Leaving Certificate Examination (including Day School Certificate (Higher) General paper), 1931
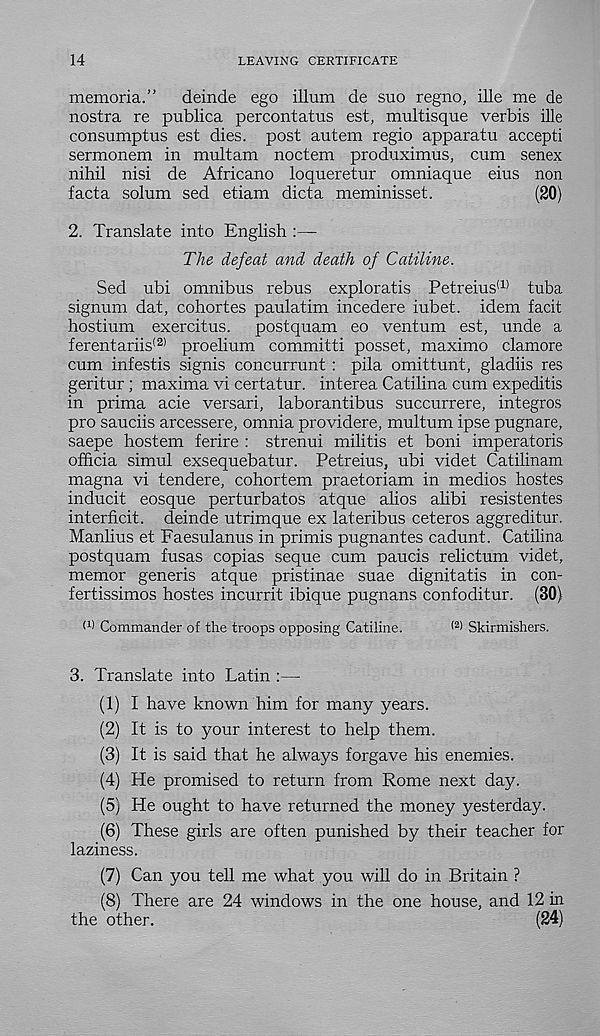
14
LEAVING CERTIFICATE
memoria.” deinde ego ilium de suo regno, ille me de
nostra re publica percontatus est, multisque verbis ille
consumptus est dies, post autem regio apparatu accepti
sermonem in multam noctem produximus, cum senex
nihil nisi de Africano loqueretur omniaque eius non
facta solum sed etiam dicta meminisset.
(20)
2. Translate into English :—
The defeat and death of Catiline.
Sed ubi omnibus rebus exploratis Petreius (1) tuba
signum dat, cohortes paulatim incedere iubet. idem facit
hostium exercitus. postquam eo ventum est, unde a
ferentariis (2) proelium committi posset, maximo clamore
cum infestis signis concurrunt : pila omittunt, gladiis res
geritur ; maxima vi certatur. interea Catilina cum expeditis
in prima acie versari, laborantibus succurrere, integros
pro sauciis arcessere, omnia providere, multum ipse pugnare,
saepe hostem ferire : strenui militis et boni imperatoris
officia simul exsequebatur. Petreius, ubi videt Catilinam
magna vi tendere, cohortem praetoriam in medios hostes
inducit eosque perturbatos atque alios alibi resistentes
interficit. deinde utrimque ex lateribus ceteros aggreditur.
Manlius et Faesulanus in primis pugnantes cadunt. Catilina
postquam fusas copias seque cum paucis relictum videt,
memor generis atque pristinae suae dignitatis in con-
fertissimos hostes incurrit ibique pugnans confoditur. (30)
< l) Commander of the troops opposing Catiline.
(2) Skirmishers.
3. Translate into Latin :—
(1) I have known him for many years.
(2) It is to your interest to help them.
(3) It is said that he always forgave his enemies.
(4) He promised to return from Rome next day.
(5) He ought to have returned the money yesterday.
(6) These girls are often punished by their teacher for
laziness.
(7) Can you tell me what you will do in Britain ?
(8) There are 24 windows in the one house, and 12 in
the other.
(24)